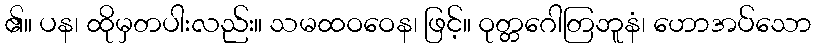
၏။ ပန၊ ထိုမှတပါးလည်း။ သမထဝဝေန၊ ဖြင့်။ ဝုတ္တဂေါတြဘူနံ၊ ဟောအပ်သော